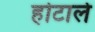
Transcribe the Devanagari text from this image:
होटाले